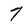
Character: 7